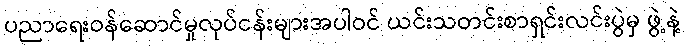
ပညာရေးဝန်ဆောင်မှုလုပ်ငန်းများအပါဝင် ယင်းသတင်းစာရှင်းလင်းပွဲမှ ဖွဲ့နဲ့